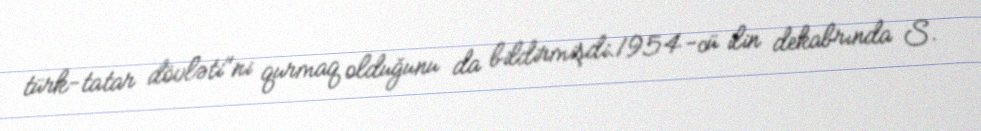
türk-tatar dövləti"ni qurmaq olduğunu da bildirmişdi.1954-cü ilin dekabrında S.